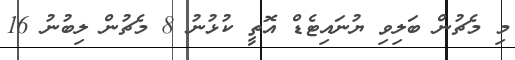
މި މެޗުން ބަލިވި ޔުނައިޓެޑް އޮތީ ކުޅުނު 8 މެޗުން ލިބުނު 16